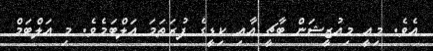
އެވެ. މިއީ މިއުޒީޝަން ބާޗީ އާއި ކިޑީގެ ފުރަތަމަ އަލްބަމެވެ. މި އަލްބަމް